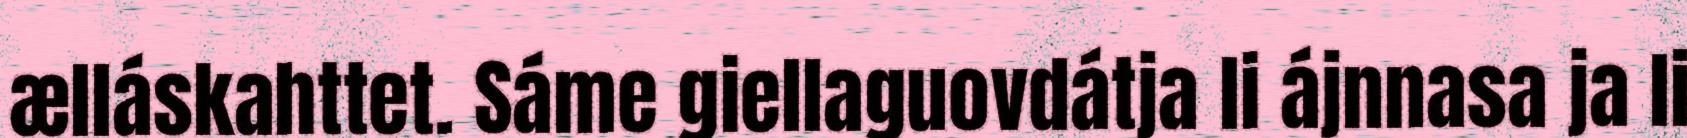
ælláskahttet. Sáme giellaguovdátja li ájnnasa ja li